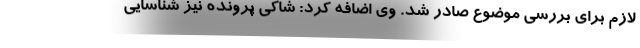
لازم برای بررسی موضوع صادر شد. وی اضافه کرد: شاکی پرونده نیز شناسایی